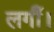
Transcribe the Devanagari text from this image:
लगीँ।